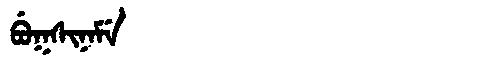
Manchu: ᠪᡠᡴᠰᡳᠨᠠᠮᡝ
Romanization: BUKSINAME